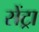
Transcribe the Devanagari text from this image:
सेंट्रा